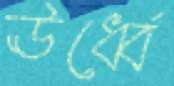
ঊর্ধ্বে